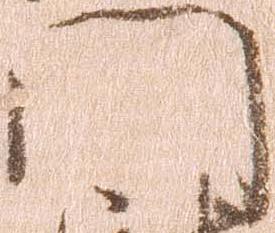
門